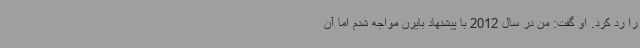
را رد کرد. او گفت: من در سال 2012 با پیشنهاد بایرن مواجه شدم اما آن